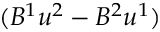
( B ^ { 1 } u ^ { 2 } - B ^ { 2 } u ^ { 1 } )